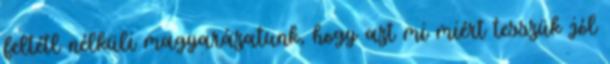
feltétl nélküli magyarázatunk, hogy azt mi miért tesszük jól